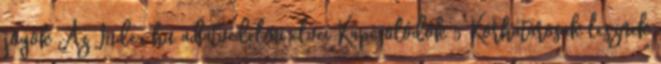
jogok Az Index.hu adatvédelmi elvei Kapcsolódók 5 Korhatárosak lesznek